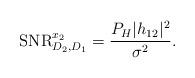
LaTeX: \begin{align*} {\rm SNR}_{D_2,D_1}^{x_2} = \frac{P_{H} |h_{12}|^2}{\sigma^2}.\end{align*}